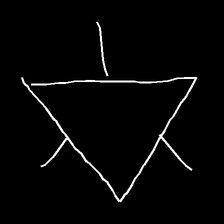
Glyph: fire